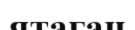
ятаган